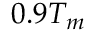
0 . 9 T _ { m }